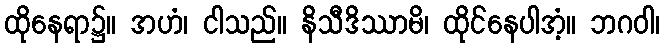
ထိုနေရာ၌။ အဟံ၊ ငါသည်။ နိသီဒိဿာမိ၊ ထိုင်နေပါအံ့။ ဘဂဝါ၊